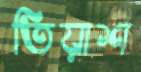
তিয়াশ